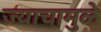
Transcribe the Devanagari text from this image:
ज्याचामुळे